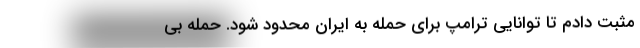
مثبت دادم تا توانایی ترامپ برای حمله به ایران محدود شود. حمله بی